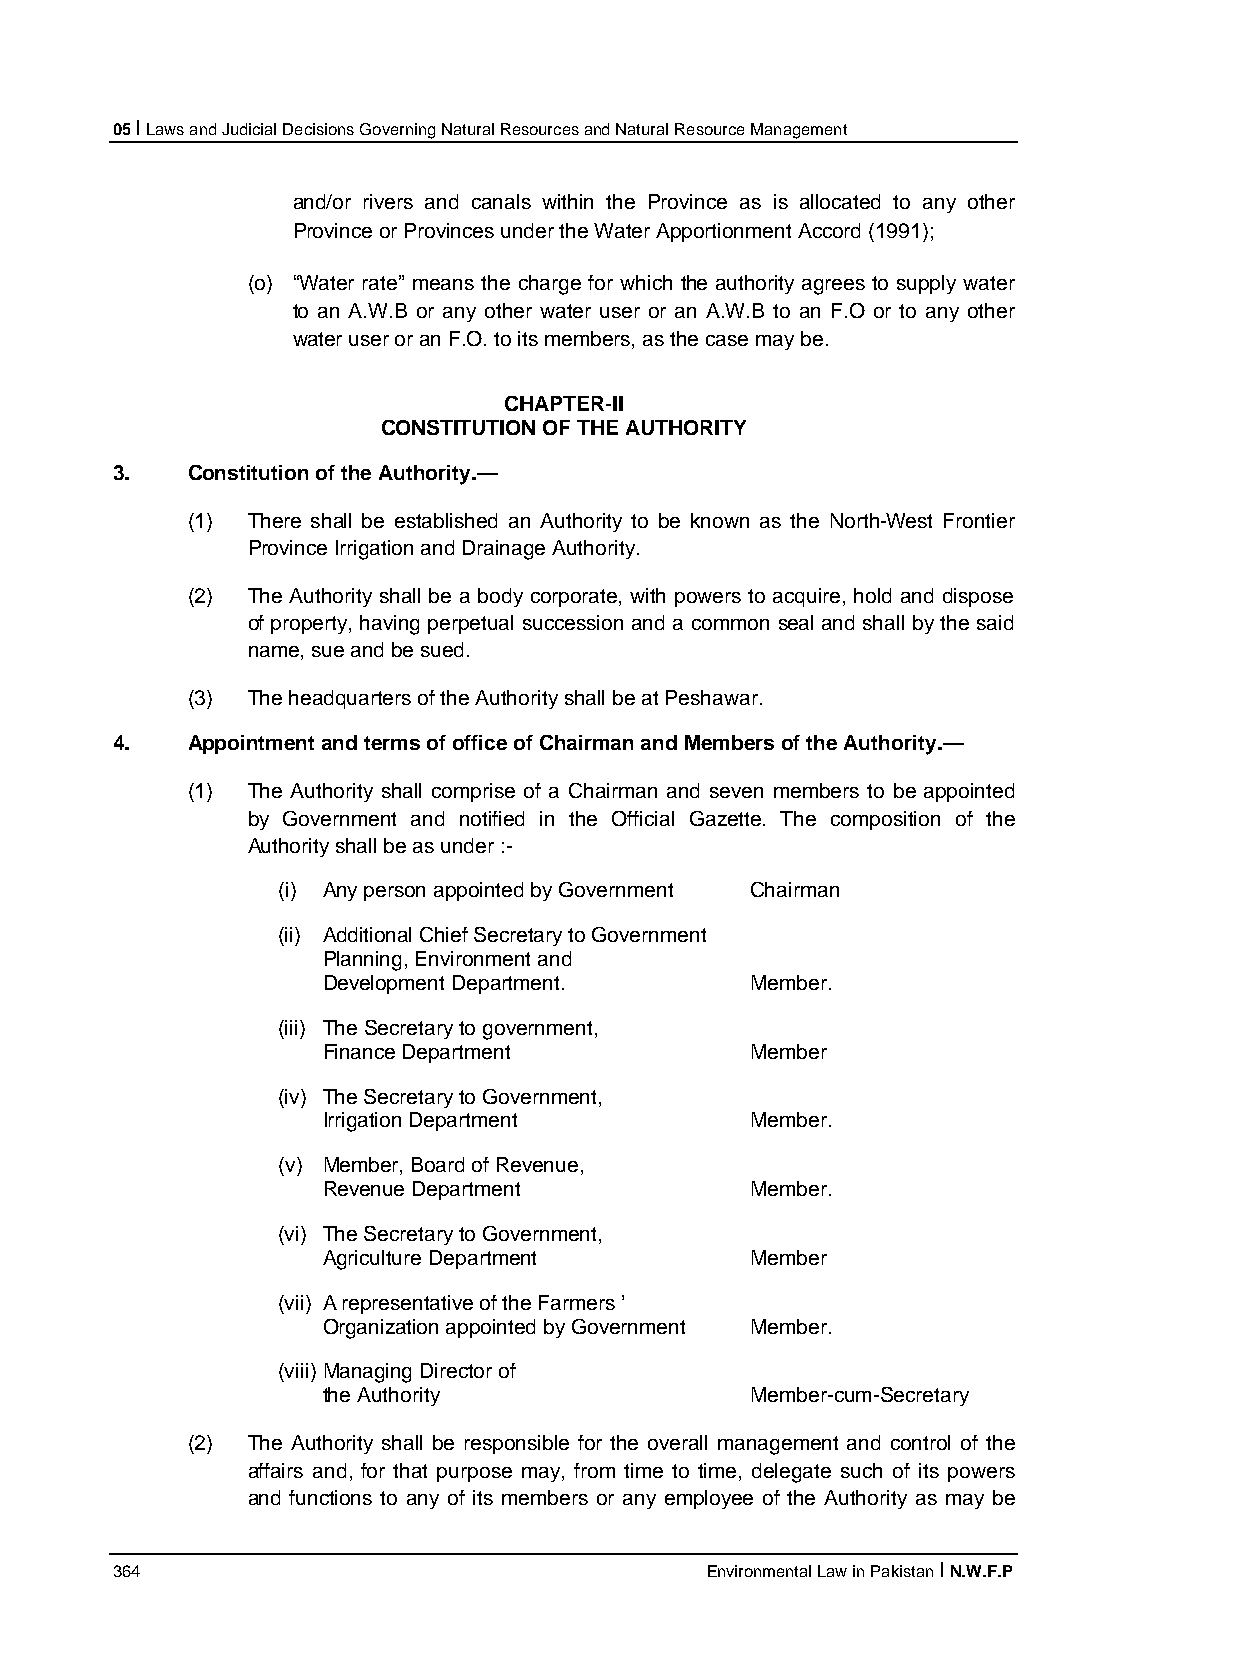
05 I Laws and Judicial Decisions Governing Natural Resources and Natural Resource Management
 and/or rivers and canals within the Province as is allocated to any other
 Province or Provinces under the Water Apportionment Accord (1991);
 (o) “Water rate” means the charge for which the authority agrees to supply water
 to an A.W.B or any other water user or an A.W.B to an F.O or to any other
 water user or an F.O. to its members, as the case may be.
 CHAPTER-II
 CONSTITUTION OF THE AUTHORITY
 3.   Constitution of the Authority.—
 (1) There shall be established an Authority to be known as the North-West Frontier
 Province Irrigation and Drainage Authority.
 (2) The Authority shall be a body corporate, with powers to acquire, hold and dispose
 of property, having perpetual succession and a common seal and shall by the said
 name, sue and be sued.
 (3) The headquarters of the Authority shall be at Peshawar.
 4.   Appointment and terms of office of Chairman and Members of the Authority.—
 (1) The Authority shall comprise of a Chairman and seven members to be appointed
 by Government and notified in the Official Gazette. The composition of the
 Authority shall be as under :-
 (i) Any person appointed by Government Chairman
 (ii) Additional Chief Secretary to Government
 Planning, Environment and
 Development Department.      Member.
 (iii) The Secretary to government,
 Finance Department           Member
 (iv) The Secretary to Government,
 Irrigation Department        Member.
 (v) Member, Board of Revenue,
 Revenue Department           Member.
 (vi) The Secretary to Government,
 Agriculture Department       Member
 (vii) A representative of the Farmers ’
 Organization appointed by Government Member.
 (viii) Managing Director of
 the Authority                Member-cum-Secretary
 (2) The Authority shall be responsible for the overall management and control of the
 affairs and, for that purpose may, from time to time, delegate such of its powers
 and functions to any of its members or any employee of the Authority as may be
 364                                     Environmental Law in Pakistan I N.W.F.P